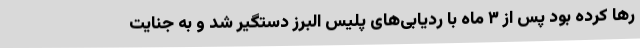
رها کرده بود پس از ۳ ماه با ردیابی‌های پلیس البرز دستگیر شد و به جنایت